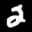
Label: 2